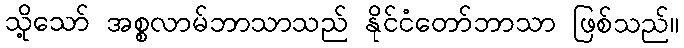
သို့သော် အစ္စလာမ်ဘာသာသည် နိုင်ငံတော်ဘာသာ ဖြစ်သည်။